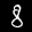
Label: 8